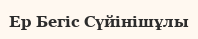
Ер Бегіс Сүйінішұлы